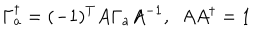
\Gamma _ { a } ^ { \dagger } = ( - 1 ) ^ { T } A \Gamma _ { a } A ^ { - 1 } , ~ ~ A A ^ { \dagger } = 1